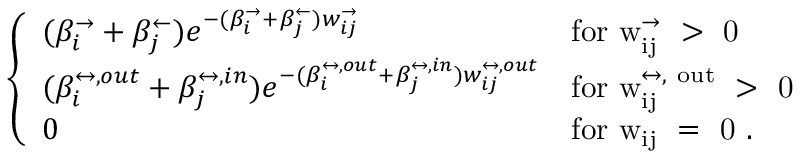
\left\{ \begin{array} { l l } { ( \beta _ { i } ^ { \rightarrow } + \beta _ { j } ^ { \leftarrow } ) e ^ { - ( \beta _ { i } ^ { \rightarrow } + \beta _ { j } ^ { \leftarrow } ) w _ { i j } ^ { \rightarrow } } } & { \mathrm { f o r ~ w _ { i j } ^ { \rightarrow } ~ > ~ 0 ~ } } \\ { ( \beta _ { i } ^ { \leftrightarrow , o u t } + \beta _ { j } ^ { \leftrightarrow , i n } ) e ^ { - ( \beta _ { i } ^ { \leftrightarrow , o u t } + \beta _ { j } ^ { \leftrightarrow , i n } ) w _ { i j } ^ { \leftrightarrow , o u t } } } & { \mathrm { f o r ~ w _ { i j } ^ { \leftrightarrow , ~ o u t } ~ > ~ 0 ~ } } \\ { 0 } & { \mathrm { f o r ~ w _ { i j } ~ = ~ 0 ~ } . } \end{array} \right.